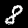
Label: 8